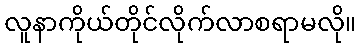
လူနာကိုယ်တိုင်လိုက်လာစရာမလို။